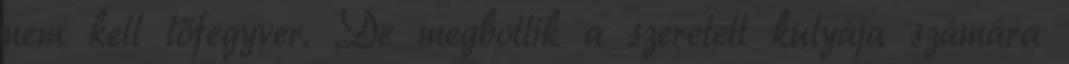
nem kell lőfegyver. De megbotlik a szeretett kutyája számára